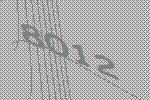
8012